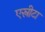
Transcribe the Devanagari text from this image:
एस्रीटा